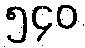
၅၄၀